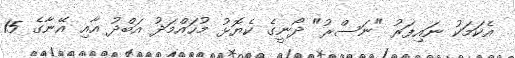
އެކަމަކު ނައިފަރު "ނަސްރު" ދޯނީގެ ކެޔޮޅު މުހައްމަދު އަބްދު އާއި އޭނާގެ 15